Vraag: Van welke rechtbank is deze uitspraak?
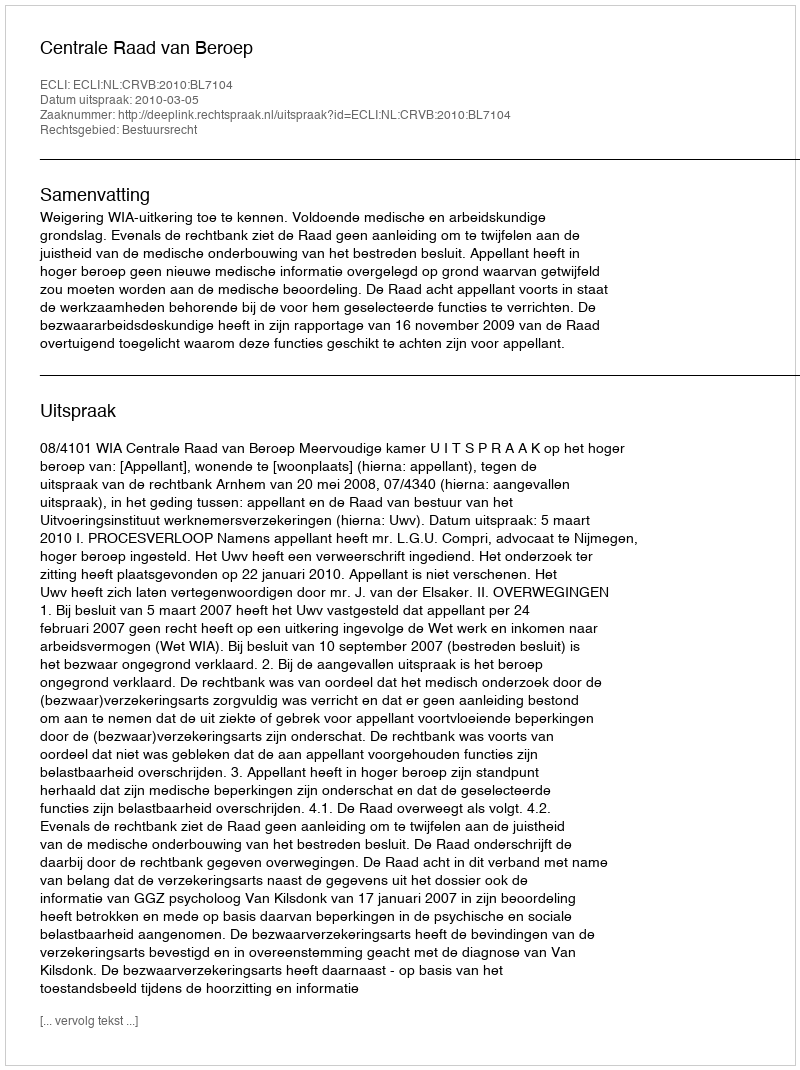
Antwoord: Centrale Raad van Beroep